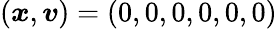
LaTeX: (\boldsymbol{x},\boldsymbol{v})=(0,0,0,0,0,0)